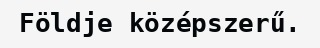
Földje középszerű.